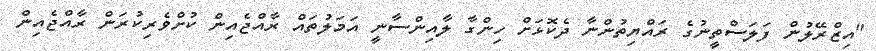
"އިޒްރޭލުން ފަލަސްތީނުގެ ރައްޔިތުންނާ ދެކޮޅަށް ހިންގާ ލާއިންސާނީ އަމަލުތައް ރާއްޖެއިން ކުށްވެރިކުރަން ރާއްޖެއިން